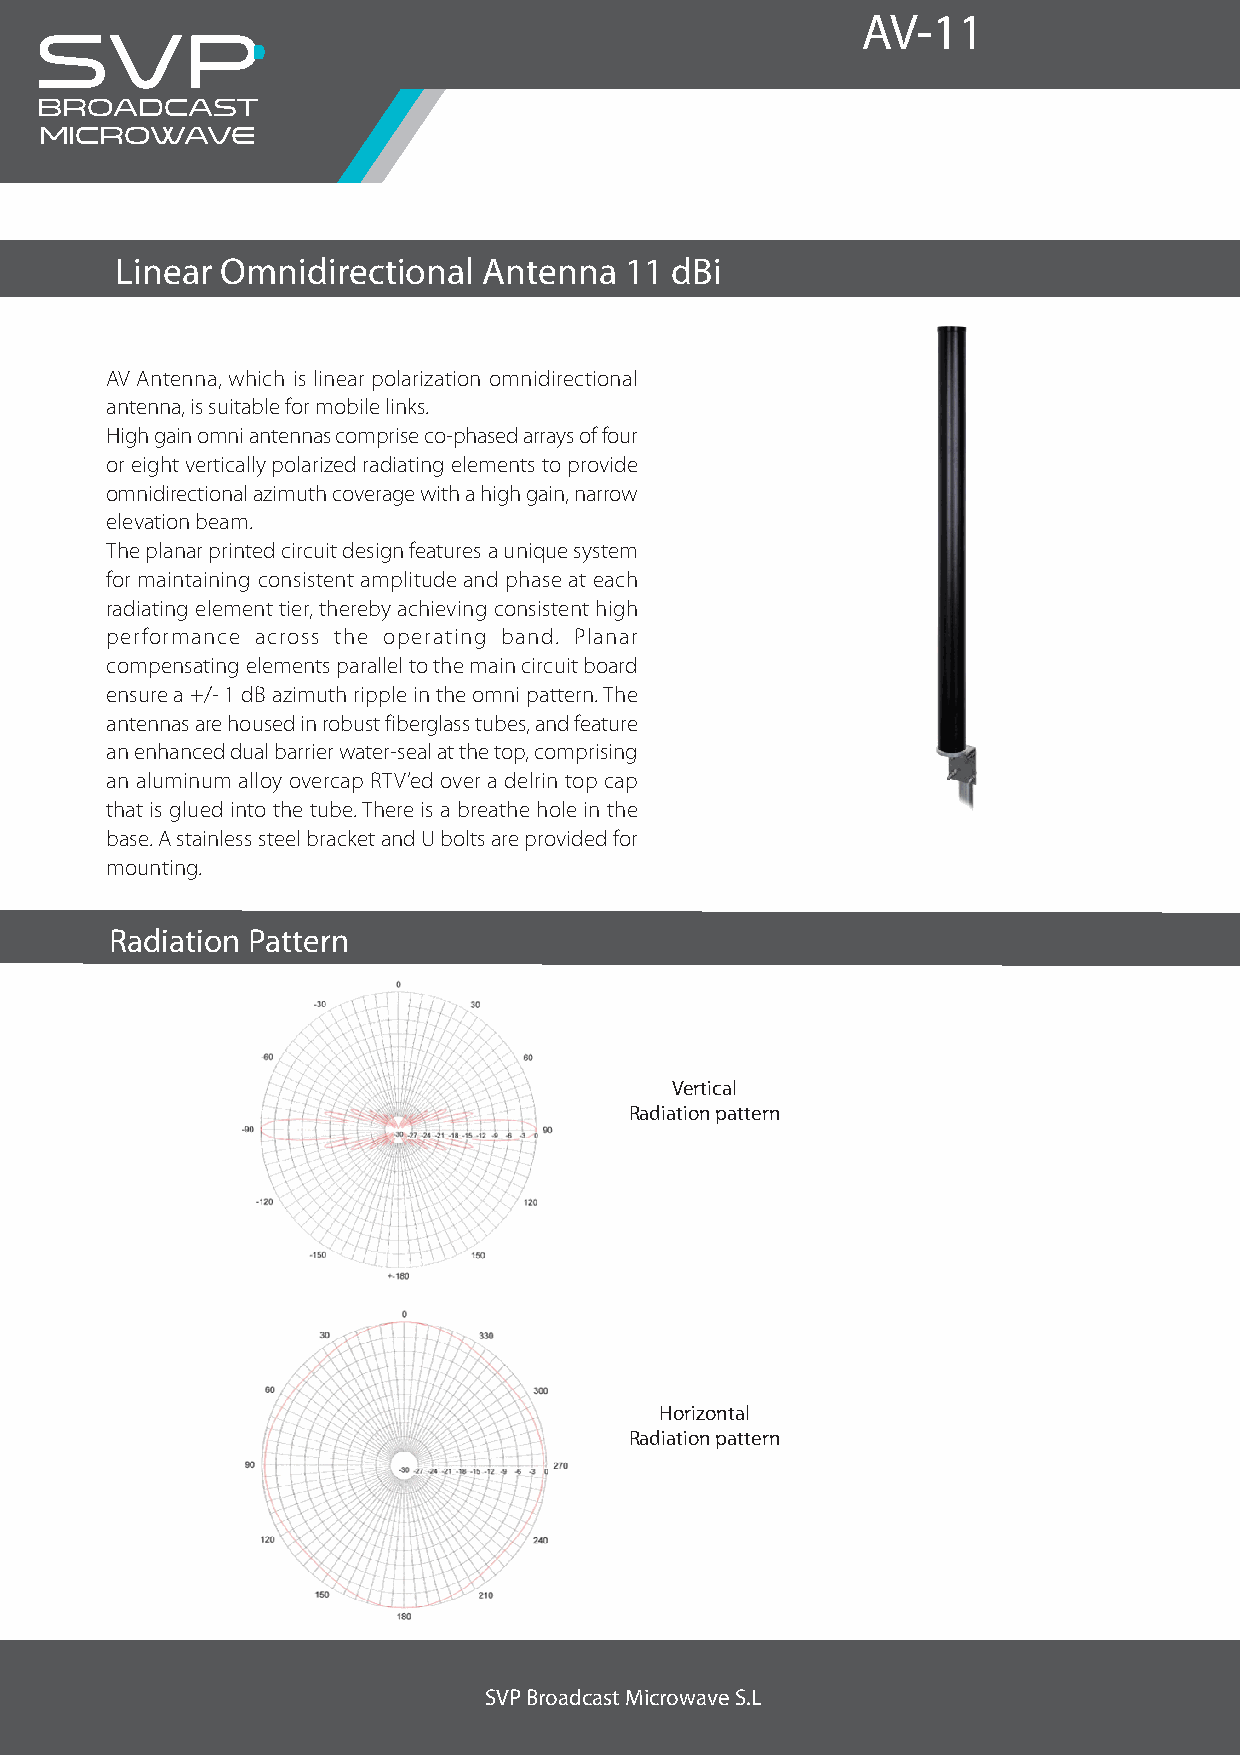
SVP                                                    AV-11
 Broadcast
 microwave
 Linear Omnidirectional  Antenna  11 dBi
 AV Antenna, which is linear polarization omnidirectional
 antenna, is suitable for mobile links.
 High gain omni antennas comprise co-phased arrays of four
 or eight vertically polarized radiating elements to provide
 omnidirectional azimuth coverage with a high gain, narrow
 elevation beam.
 The planar printed circuit design features a unique system
 for maintaining consistent amplitude and phase at each
 radiating element tier, thereby achieving consistent high
 performance across the operating band. Planar
 compensating elements parallel to the main circuit board
 ensure a +/- 1 dB azimuth ripple in the omni pattern. The
 antennas are housed in robust fiberglass tubes, and feature
 an enhanced dual barrier water-seal at the top, comprising
 an aluminum alloy overcap RTV’ed over a delrin top cap
 that is glued into the tube. There is a breathe hole in the
 base. A stainless steel bracket and U bolts are provided for
 mounting.
 Radiation Pattern
 Vertical
 Radiation pattern
 Horizontal
 Radiation pattern
 SVP Broadcast Microwave S.L. wwC/w Zu.sbivauprreb, 7m baj.ocom Tel: +34 946 203 722 info@svpbm.com
 SVP Broadcast Microwave S.L
 48215 Iurreta (Vizcaya) SPAIN Fax: +34 946 204 356 www.svpbm.com